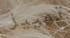
تمييز